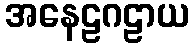
အနေဠဂဠာယ